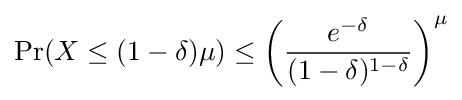
\Pr(X\leq (1-\delta )\mu )\leq \left({\frac {e^{-\delta }}{(1-\delta )^{1-\delta }}}\right)^{\mu }